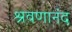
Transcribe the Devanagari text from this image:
श्रवणानंद